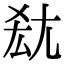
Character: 𡯤